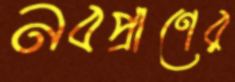
নবপ্রাণের